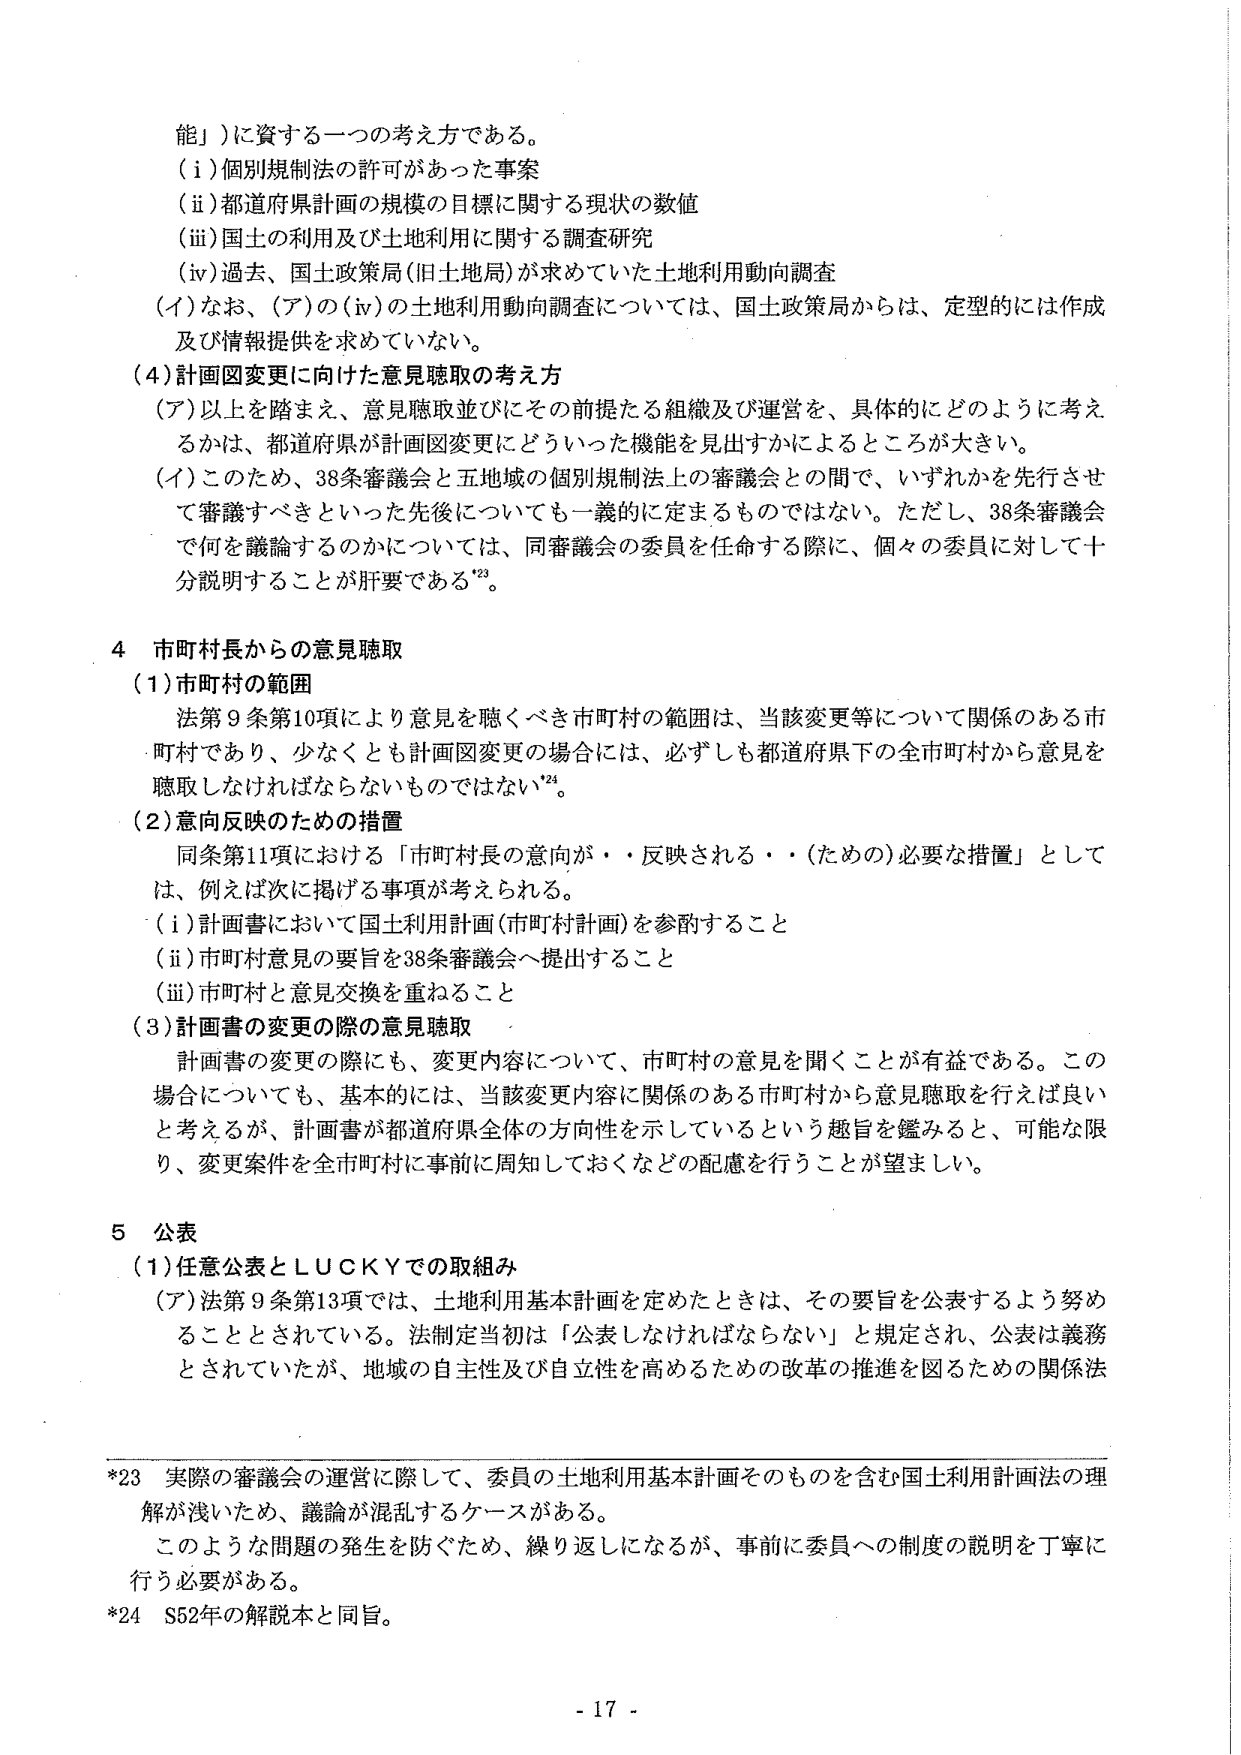
能」）に資する一つの考え方である。
（ⅰ）個別規制法の許可があった事案
（ⅱ）都道府県計画の規模の目標に関する現状の数値
（ⅲ）国土の利用及び土地利用に関する調査研究
（ⅳ）過去、国土政策局（旧土地局）が求めていた土地利用動向調査
（イ）なお、（ア）の（ⅳ）の土地利用動向調査については、国土政策局からは、定型的には作成及び情報提供を求めていない。
（４）計画図変更に向けた意見聴取の考え方
（ア）以上を踏まえ、意見聴取並びにその前提たる組織及び運営を、具体的にどのように考えるかは、都道府県が計画図変更にどういった機能を見出すかによるところが大きい。
（イ）このため、38条審議会と五地域の個別規制法上の審議会との間で、いずれかを先行させて審議すべきといった先後についてはも一義的に定まるものではない。ただし、38条審議会で何を議論するのかについては、同審議会の委員を任命する際に、個々の委員に対して十分説明することが肝要である²³。

４ 市町村長からの意見聴取
（１）市町村の範囲
法第９条第10項により意見を聴くべき市町村の範囲は、当該変更等について関係のある市町村であり、少なくとも計画図変更の場合には、必ずしも都道府県下の全市町村から意見を聴取しなければならないものではない²⁴。
（２）意向反映のための措置
同条第11項における「市町村長の意向が・・反映される・・（ための）必要な措置」としては、例えば次に掲げる事項が考えられる。
（ⅰ）計画書において国土利用計画（市町村計画）を参酌すること
（ⅱ）市町村意見の要旨を38条審議会へ提出すること
（ⅲ）市町村と意見交換を重ねること
（３）計画書の変更の際の意見聴取
計画書の変更の際にも、変更内容について、市町村の意見を聞くことが有益である。この場合についても、基本的には、当該変更内容に関係のある市町村から意見聴取を行えば良いと考えるが、計画書が都道府県全体の方向性を示しているという趣旨を鑑みると、可能な限り、変更案件を全市町村に事前に周知しておくなどの配慮を行うことが望ましい。

５ 公表
（１）任意公表とＬＵＣＫＹでの取組み
（ア）法第９条第13項では、土地利用基本計画を定めたときは、その要旨を公表するよう努めることとされている。法制定当初は「公表しなければならない」と規定され、公表は義務とされていたが、地域の自主性及び自立性を高めるための改革の推進を図るための関係法

*23 実際の審議会の運営に際して、委員の土地利用基本計画そのものを含む国土利用計画法の理解が浅いため、議論が混乱するケースがある。
このような問題の発生を防ぐため、繰り返しになるが、事前に委員への制度の説明を丁寧に行う必要がある。
*24 S52年の解説本と同旨。

- 17 -